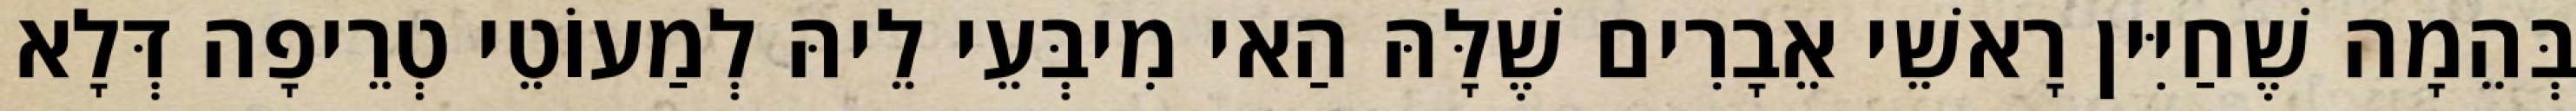
בְּהֵמָה שֶׁחַיִּין רָאשֵׁי אֵבָרִים שֶׁלָּהּ הַאי מִיבְּעֵי לֵיהּ לְמַעוֹטֵי טְרֵיפָה דְּלָא